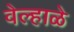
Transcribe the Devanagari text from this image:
वेल्हाळे